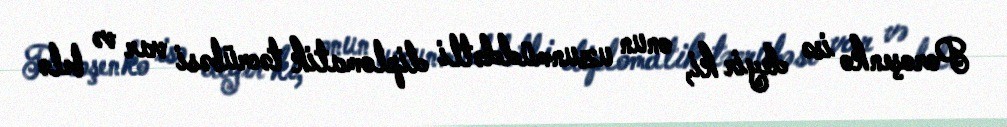
Poroşenko isə deyir ki, onun uzunmüddətli diplomatik təcrübəsi var və belə